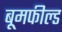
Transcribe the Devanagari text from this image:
बूमफील्ड